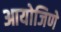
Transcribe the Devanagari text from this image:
आयोजिणे